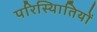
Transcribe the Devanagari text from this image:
परिस्थिातियों